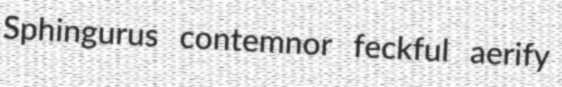
Sphingurus contemnor feckful aerify